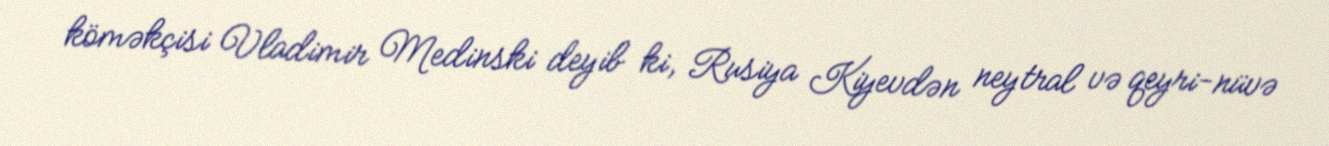
köməkçisi Vladimir Medinski deyib ki, Rusiya Kiyevdən neytral və qeyri-nüvə